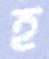
হ